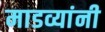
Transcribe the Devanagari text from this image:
माडव्यांनी